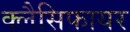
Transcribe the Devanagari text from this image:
क्लैसिफायर